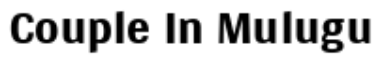
Couple In Mulugu